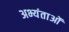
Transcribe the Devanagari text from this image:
अभ्यंताओं